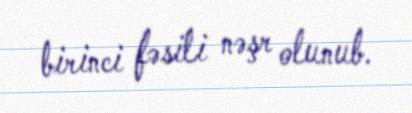
birinci fəsili nəşr olunub.